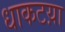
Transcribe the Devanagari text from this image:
धाकटय़ा